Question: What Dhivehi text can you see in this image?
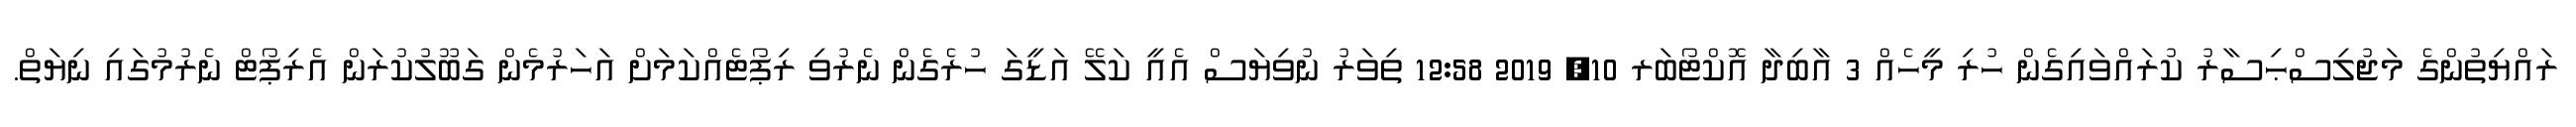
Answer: ރައްޔިތުންގެ މަޖުލިސްޙިސާރު ކުރައްވައިގެން ހުރި މީހެއް 3 އާބިދާ އޮކްޓޯބަރ 10, 2019 12:58 ތިވަރު ނުވިޔަސް އެއީ ކަލޭ އަޑީގަ ހުރެގެން ނެރުވި ރިޕޯޓެއްކަމަށް އަހަރުމެން ގަބޫލުކުރަން އެރިޕޯޓް ނެރުމުގައި ނިޔަތް.